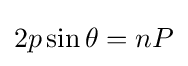
2p\sin \theta =nP